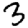
Digit: 3